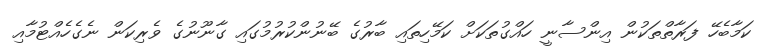
ކަމާބެހޭ ފަރާތްތަކުން އިންސާނީ ހައްގުތަކަށް ކަމޭހިތައި ބާރުގެ ބޭނުންކުރުމުގައި ގާނޫނުގެ ވެރިކަން ނެގެހެއްޓުމާއި